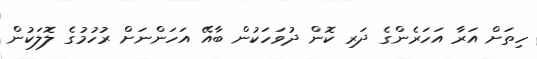
ހިތަށް އަރާ އަހަރެންގެ ދަރި ކޮން ދުވަހަކުން ބާއޭ އަހަންނަށް ރުހުމުގެ ލޮލަކުން